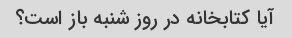
آیا کتابخانه در روز شنبه باز است؟